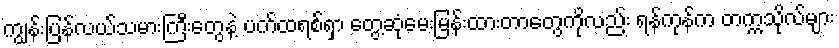
ကျွန်းပြန်လယ်သမားကြီးတွေနဲ့ ပက်ထရစ်ရှာ တွေ့ဆုံမေးမြန်းထားတာတွေကိုလည်း ရန်ကုန်က တက္ကသိုလ်များ